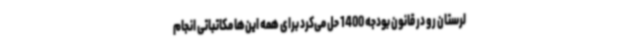
لرستان رو در قانون بودجه 1400 حل می‌کرد برای همه این‌ها مکاتباتی انجام